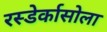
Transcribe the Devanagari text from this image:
रस्डेर्कासोला